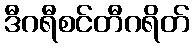
ဒီဂရီစင်တီဂရိတ်